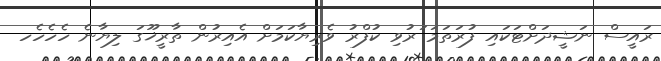
ރައީސް ނަޝީދަށްޓަކައި ފުރަތަމަ ަރުވި ކުފްރު ވެރިޔާކަމަށް އެއިރުން ތާރީޚޫގަ ލިޔާނެ ހެހެހެހ